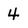
Character: 4